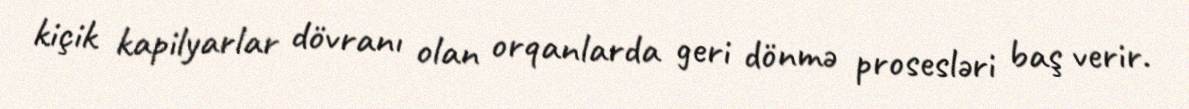
kiçik kapilyarlar dövranı olan orqanlarda geri dönmə prosesləri baş verir.